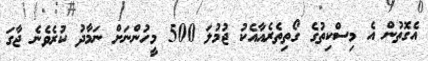
އެގޮތުން އެ މިސްކިތުގެ ގޯތިތެރެއާއެކު ޖުމުލަ 500 މީހުންނަށް ނަމާދު ކުރެވެނެ ޖާގަ